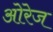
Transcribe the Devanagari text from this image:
ओरेज